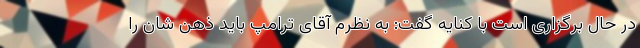
در حال برگزاری است با کنایه گفت: به نظرم آقای ترامپ باید ذهن شان را